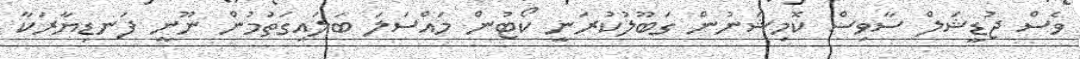
ވެސް ޖުޑީޝަލް ސާވިސް ކޮމިޝަނުން ގަބޫލުކުރަނީ ކޯޓުން މައްސަލަ ބަލައިގަތުމުން ނޫނީ ފަނޑިޔާރަކާ